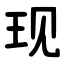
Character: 现